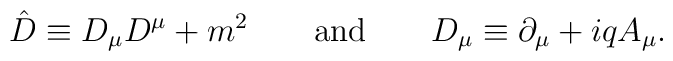
{\hat D}\equiv D_{\mu}D^{\mu}+m^2 \qquad {\rm and}\qquad D_{\mu}\equiv\partial_{\mu}+iqA_{\mu}.